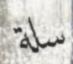
سلة